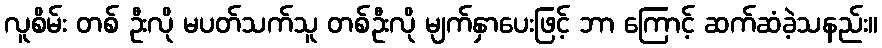
လူစိမ်း တစ် ဦးလို မပတ်သက်သူ တစ်ဦးလို မျက်နှာပေးဖြင့် ဘာ ကြောင့် ဆက်ဆံခဲ့သနည်း။